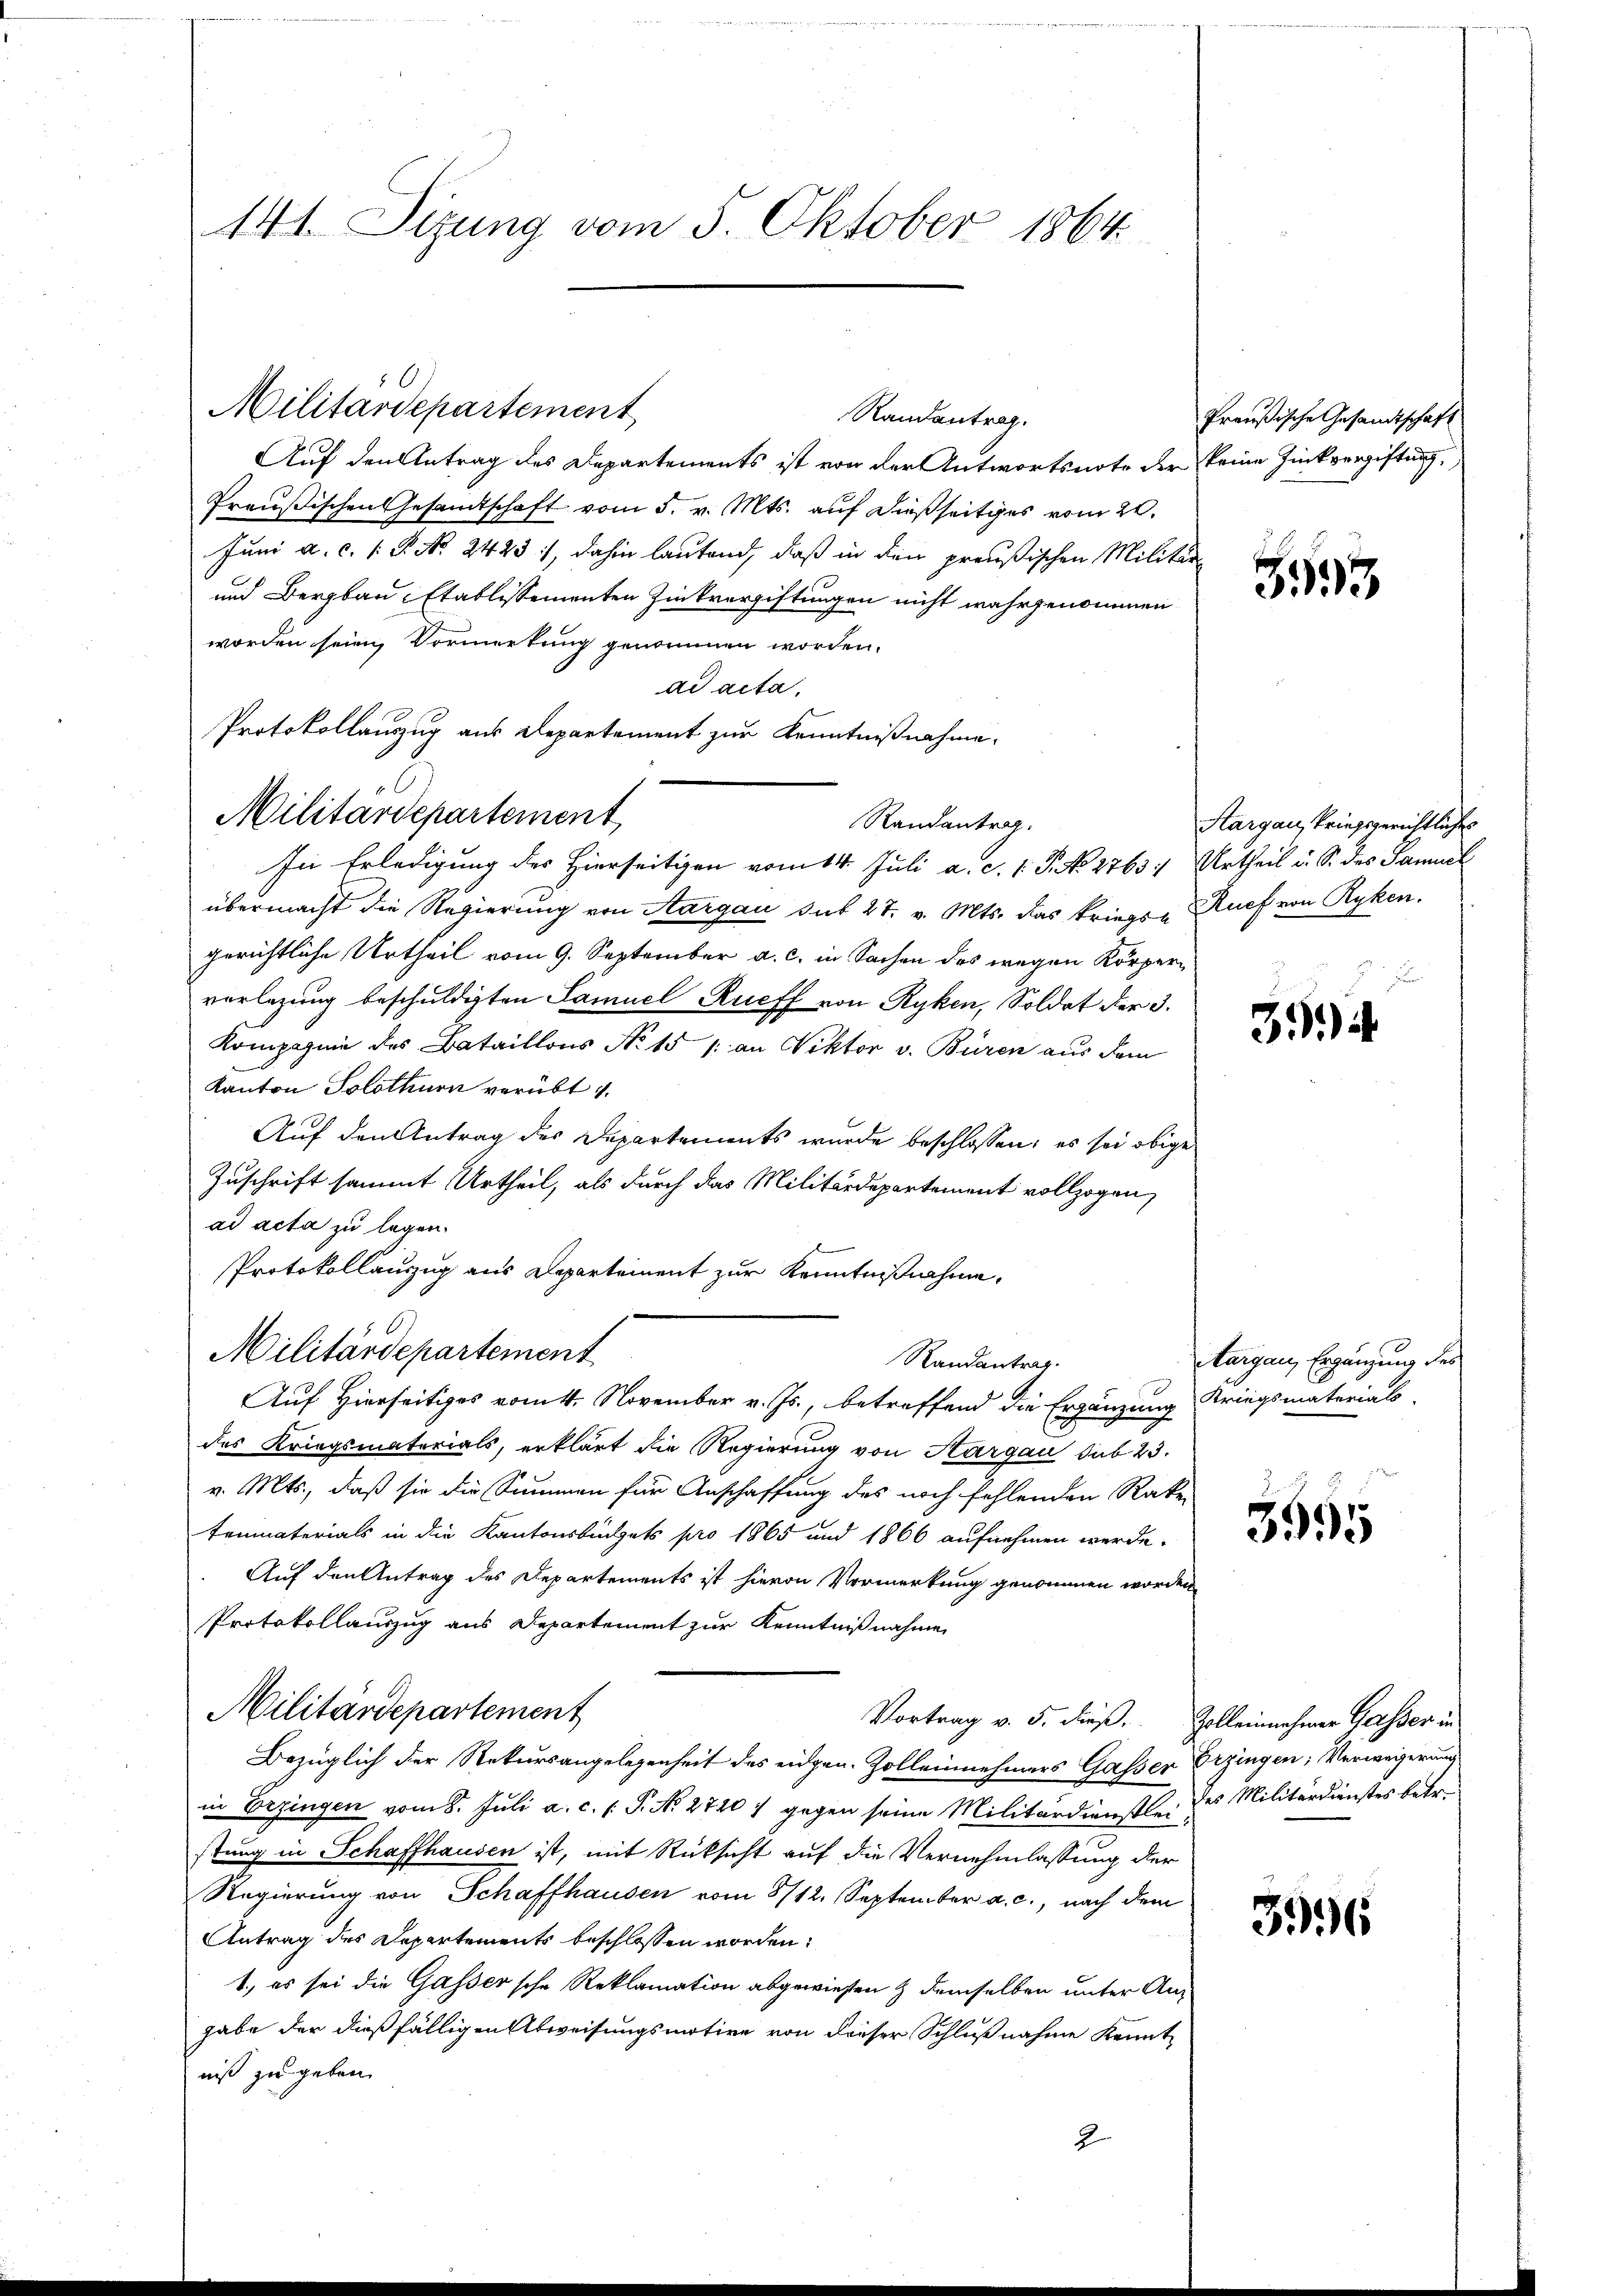
141. Sizung vom 5. Oktober 1864

Militärdepartement,

Militärdepartement

Randantrag.
Auf den Antrag des Departements ist von der Antwortsnote der keine Zukvergiftung,
Preußischen Gesandtschaft vom 5. v. Mts. auf dießseitiges vom 22.
Juni a. c. s. S. N. 2423, dahin lautend, daß in den preußischen Militär-
und Bergbau-Etablissementen Zinkvergiftungen nicht wahrgenommen
worden seien, Vormerkung genommen worden.
ad acta,
Protokollauszug aus Departement zur Kenntnißnahme.
Randantrag.
In Erledigung des Hierseitigen vom 14. Juli a. c. 1. P. No 2763.
übermacht die Regierung von Aargau sub 27. v. Mts. das kriegs- Ruef von Ryken.
gerichtliche Urtheil vom 9. September a. c. in Sachen des wegen Körperverlegung beschuldigten Samuel Rueff von Ryken, Soldat der 3.
Kompagnie des Bataillons No 15 /: an Viktor v. Büren aus dem
Kanton Solothurn verübt 1.
Auf den Antrag des Departements wurde beschlossen; es sei obige
Zuschrift sammt Urtheil, als durch das Militärdepartement vollzogen,
ad acta zu legen.
Protokollauszug aus Departement zur Kenntnißnahme,
Militärdepartement
Randantrag.
2
Auf Hierseitiges vom 4. November v. Js., betreffend die Ergänzung
des Kriegsmaterials, erklärt die Regierung von Aargau sub 23.
v. Mts., daß sie die Summen für Anschaffung des noch fehlenden Rake
tenmaterials in die Kantonsbüchels pro 1865 und 1866 aufnehmen werde.
Auf den Antrag des Departements ist hievon Vermerkung genommen worden
Protokollauszug aus Departement zur Kenntnißnahme
Militärdepartement
Vortrag v. 5. dieß, Zolleinnehmer Gasser in
Bezüglich der Rekursangelegenheit des eidgen. Zolleinehmers Gasser Erzingen, Verweigerung
in Bezingen vom 8. Juli a. c. s. P. No 27201 gegen seine Militärdienstle des Militärdienstes betr.
stung in Schaffhausen ist, mit Rüksicht auf die Vernehmlassung der
Regierung von Schaffhausen vom 8/12. September a. c., nach dem
Antrag des Departements beschlossen worden:
1., es sei die Gassersche Reklamation abgewiesen & demselben unter Angabe der dießfälligen Abweisungsmotive von dieser Schlußnahme kennt
niß zu geben.
2

Preußische Gesandtschaft

353

Aargau, kriegsgerichtlichen
Urtheil u. S. des Samuel

3.)

targau, Ergänzung des
Kriegsmaterials

3595

3996